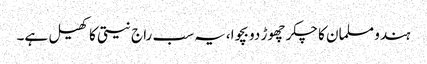
ہندو مسلمان کا چکر چھوڑ دو بچوا،یہ سب راج نیتی کا کھیل ہے۔